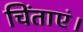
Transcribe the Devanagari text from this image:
चिंताएं।